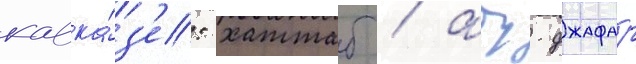
кавка́з'е: хаттаб / абу-джафар